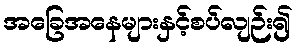
အခြေအနေများနှင့်စပ်လျဉ်း၍